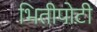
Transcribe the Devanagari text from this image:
भितीपोटी